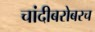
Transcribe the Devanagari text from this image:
चांदीबरोबरच